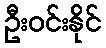
ဦးဝင်းနိုင်